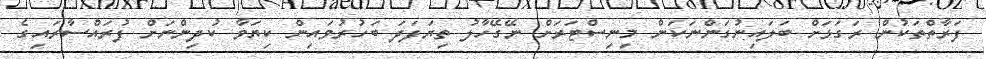
ފަރާތްތަކުން ރަގަޅަށް ބަލައިނުގަންނަކަން މިނިސްޓަރަށް ނޭގޭހާލު ތިޔަފަދަ ބަހުރުވައިން ކިޔަވާ ކުދިންނަށް ފުރައްސާރައިގެ